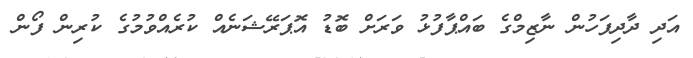
އަދި ދާދިފަހުން ނާޒިމްގެ ބައްޕާފުޅު ވަރަށް ބޮޑު އޮޕަރޭޝަނެއް ކުރެއްވުމުގެ ކުރިން ފޯން